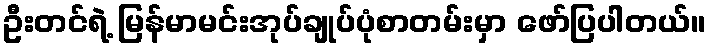
ဦးတင်ရဲ့ မြန်မာမင်းအုပ်ချုပ်ပုံစာတမ်းမှာ ဖော်ပြပါတယ်။